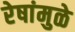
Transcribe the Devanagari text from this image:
रेषांमुळे